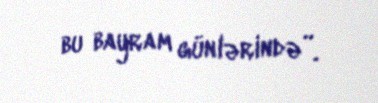
bu bayram günlərində”.